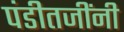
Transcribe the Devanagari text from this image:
पंडीतजींनी